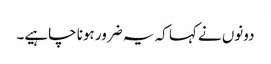
دونوں نے کہا کہ یہ ضرور ہونا چاہیے۔